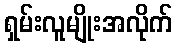
ရှမ်းလူမျိုးအလိုက်